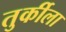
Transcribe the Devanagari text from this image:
तुर्कीला